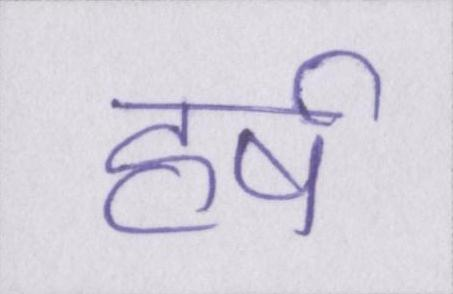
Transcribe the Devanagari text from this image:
हर्ष